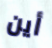
أين